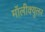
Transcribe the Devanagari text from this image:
मॉलीक्युलर